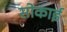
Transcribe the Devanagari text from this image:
सोकाई